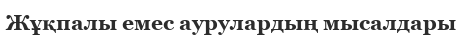
Жұқпалы емес аурулардың мысалдары